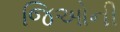
જિઓની